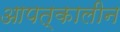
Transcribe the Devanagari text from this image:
आपत्‌कालीन